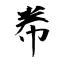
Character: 帣